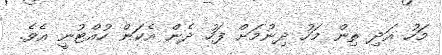
މަހު އަދި ތިން މަހު ދިނުމަށް ފަހު ދެން އެކަން ހުއްޓުނީ އެވެ.